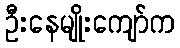
ဦးနေမျိုးကျော်က